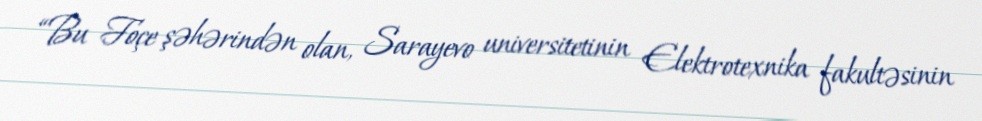
“Bu Foçe şəhərindən olan, Sarayevo universitetinin Elektrotexnika fakultəsinin